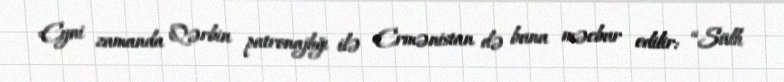
Eyni zamanda Qərbin patronajlığı ilə Ermənistan də buna məcbur edilir: “Sülh